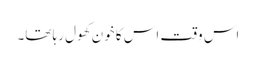
اس وقت اس کا خون کھول رہا تھا۔